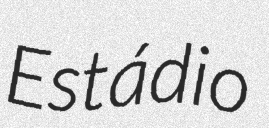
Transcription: Estádio